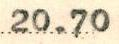
20.70